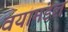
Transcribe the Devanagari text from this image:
वयामंडल